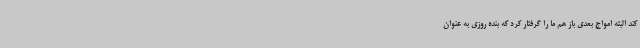
کند البته امواج بعدی باز هم ما را گرفتار کرد که بنده روزی به عنوان